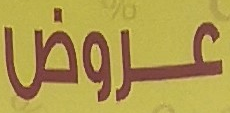
عروض